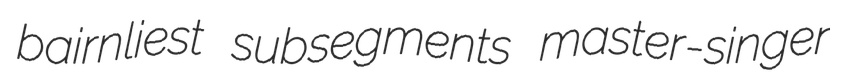
bairnliest subsegments master-singer